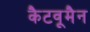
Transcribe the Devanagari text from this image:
कैटवूमैन